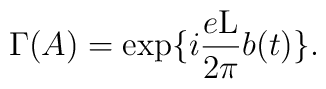
\Gamma (A) = \exp\{i \frac{e{\rm L}}{2\pi} b(t)\} .